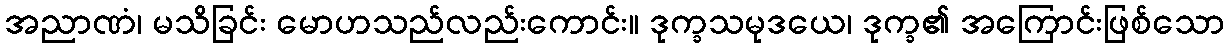
အညာဏံ၊ မသိခြင်း မောဟသည်လည်းကောင်း။ ဒုက္ခသမုဒယေ၊ ဒုက္ခ၏ အကြောင်းဖြစ်သော